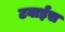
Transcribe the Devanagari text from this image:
टवाईस